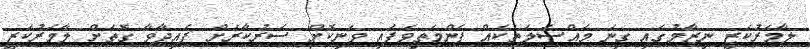
ލާމަރުކަޒީ ނިޒާމުގައި ގިނަ މައްސަލަތަކެއް ފެންމަތިވެފައި ވަނިކޮށް ސަރުކާރަށް ފައިދާވާ ގޮތަށް ލާމަރުކަޒީ